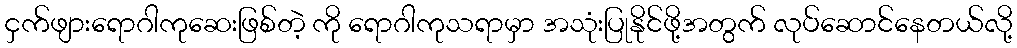
ငှက်ဖျားရောဂါကုဆေးဖြစ်တဲ့ ကို ရောဂါကုသရာမှာ အသုံးပြုနိုင်ဖို့အတွက် လုပ်ဆောင်နေတယ်လို့